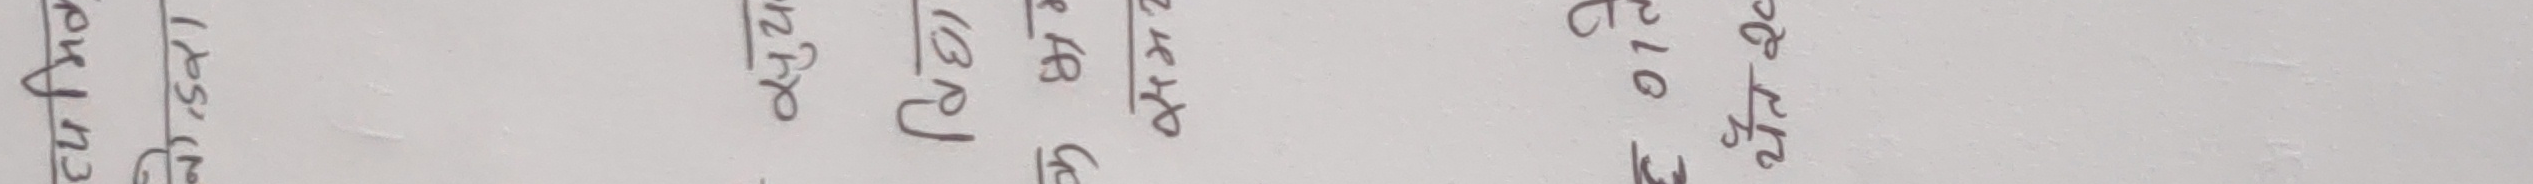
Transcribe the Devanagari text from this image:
एकाउन्ट न. ३ चट्याङ्ग आर २०१२ २००४ पर्पच ०८ ०६ २०२३ न २०२४ ए १०६ ०७२ इ